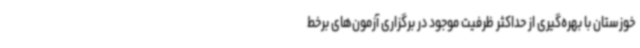
خوزستان با بهره‌گیری از حداکثر ظرفیت موجود در برگزاری آزمون‌های برخط